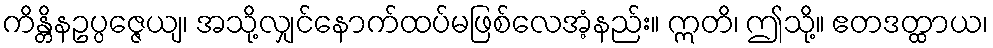
ကိန္တိနဥပ္ပဇ္ဇေယျ၊ အသို့လျှင်နောက်ထပ်မဖြစ်လေအံ့နည်း။ ဣတိ၊ ဤသို့။ ဧတဒတ္ထာယ၊